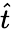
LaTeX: \widehat{t}